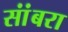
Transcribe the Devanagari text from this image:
सांंबरा